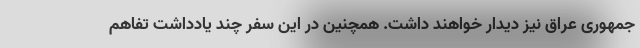
جمهوری عراق نیز دیدار خواهند داشت. همچنین در این سفر چند یادداشت تفاهم